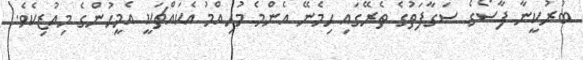
ބުރުކީނާ ފާސޯގެ ސަގާފަތުގެ ތެރޭގައި ހިމެނޭ އެންމެ މުހިއްމު އެކައްޗަކީ އެމީހުންގެ މިއުޒިކެވެ.